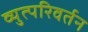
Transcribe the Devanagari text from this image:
व्युत्परिवर्तन